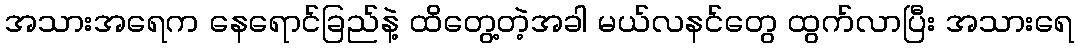
အသားအရေက နေရောင်ခြည်နဲ့ ထိတွေ့တဲ့အခါ မယ်လနင်တွေ ထွက်လာပြီး အသားရေ